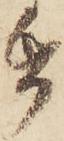
帋